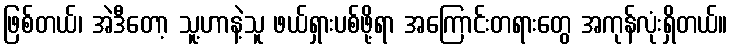
ဖြစ်တယ်၊ အဲဒီတော့ သူ့ဟာနဲ့သူ ဖယ်ရှားပစ်ဖို့ရာ အကြောင်းတရားတွေ အကုန်လုံးရှိတယ်။